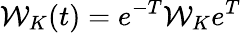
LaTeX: \mathcal{W}_{K}(t)=e^{-T}\mathcal{W}_{K}e^{T}